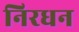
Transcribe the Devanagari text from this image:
निरधन